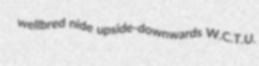
wellbred nide upside-downwards W.C.T.U.